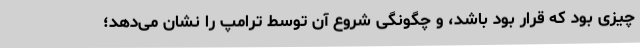
چیزی بود که قرار بود باشد، و چگونگی شروع آن توسط ترامپ را نشان می‌دهد؛